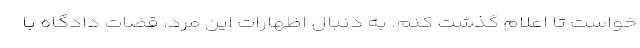
خواست تا اعلام گذشت کنم. به دنبال اظهارات این مرد، قضات دادگاه با